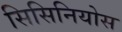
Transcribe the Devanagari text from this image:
सिसिनियोस